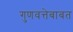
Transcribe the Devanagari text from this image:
गुणवत्तेबाबत